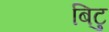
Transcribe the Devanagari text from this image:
बिटु